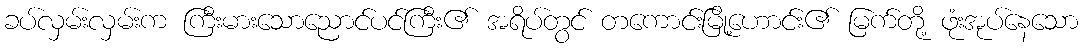
ခပ်လှမ်းလှမ်းက ကြီးမားသောညောင်ပင်ကြီး၏ အရိပ်တွင် တကောင်းမြို့ဟောင်း၏ မြက်တို့ ဖုံးအုပ်နေသော